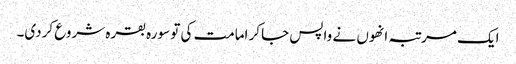
ایک مرتبہ انھوں نے واپس جاکر امامت کی تو سورہ بقرہ شروع کردی۔